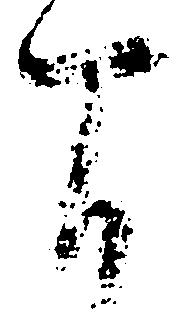
間